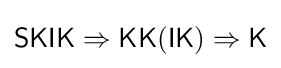
{\mathsf {SKIK}}\Rightarrow {\mathsf {KK(IK)}}\Rightarrow {\mathsf {K}}